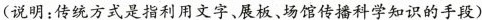
(说明：传统方式是指利用文字、展板、场馆传播科学知识的手段)